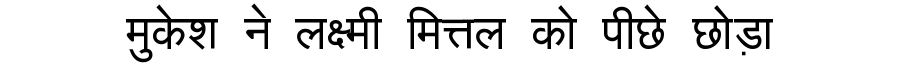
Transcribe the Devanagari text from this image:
मुकेश ने लक्ष्मी मित्तल को पीछे छोड़ा